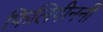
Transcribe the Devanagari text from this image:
फिलिपीननी